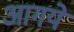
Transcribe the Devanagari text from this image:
आगये